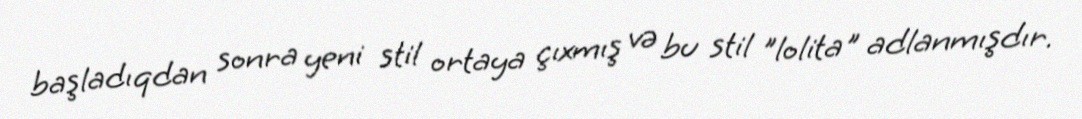
başladıqdan sonra yeni stil ortaya çıxmış və bu stil "lolita" adlanmışdır.